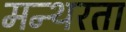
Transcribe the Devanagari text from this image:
मन्थरता